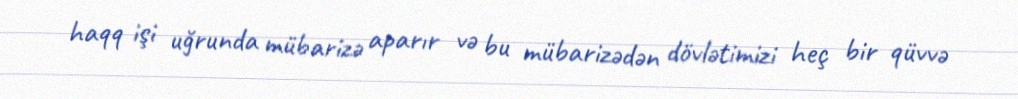
haqq işi uğrunda mübarizə aparır və bu mübarizədən dövlətimizi heç bir qüvvə